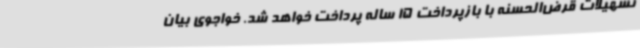
تسهیلات قرض‌الحسنه با بازپرداخت 15 ساله پرداخت خواهد شد. خواجوی بیان